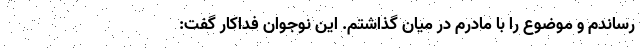
رساندم و موضوع را با مادرم در میان گذاشتم. این نوجوان فداکار گفت: